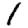
Digit: 1